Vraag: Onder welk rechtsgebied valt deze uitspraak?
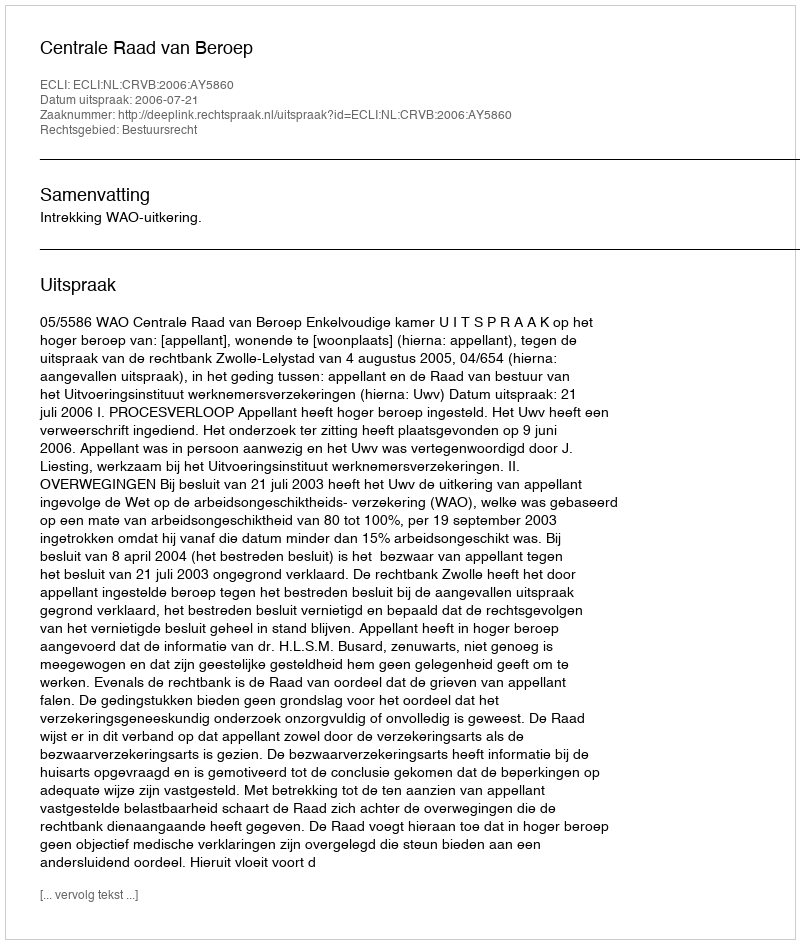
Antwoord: Bestuursrecht